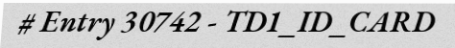
# Entry 30742 - TD1_ID_CARD